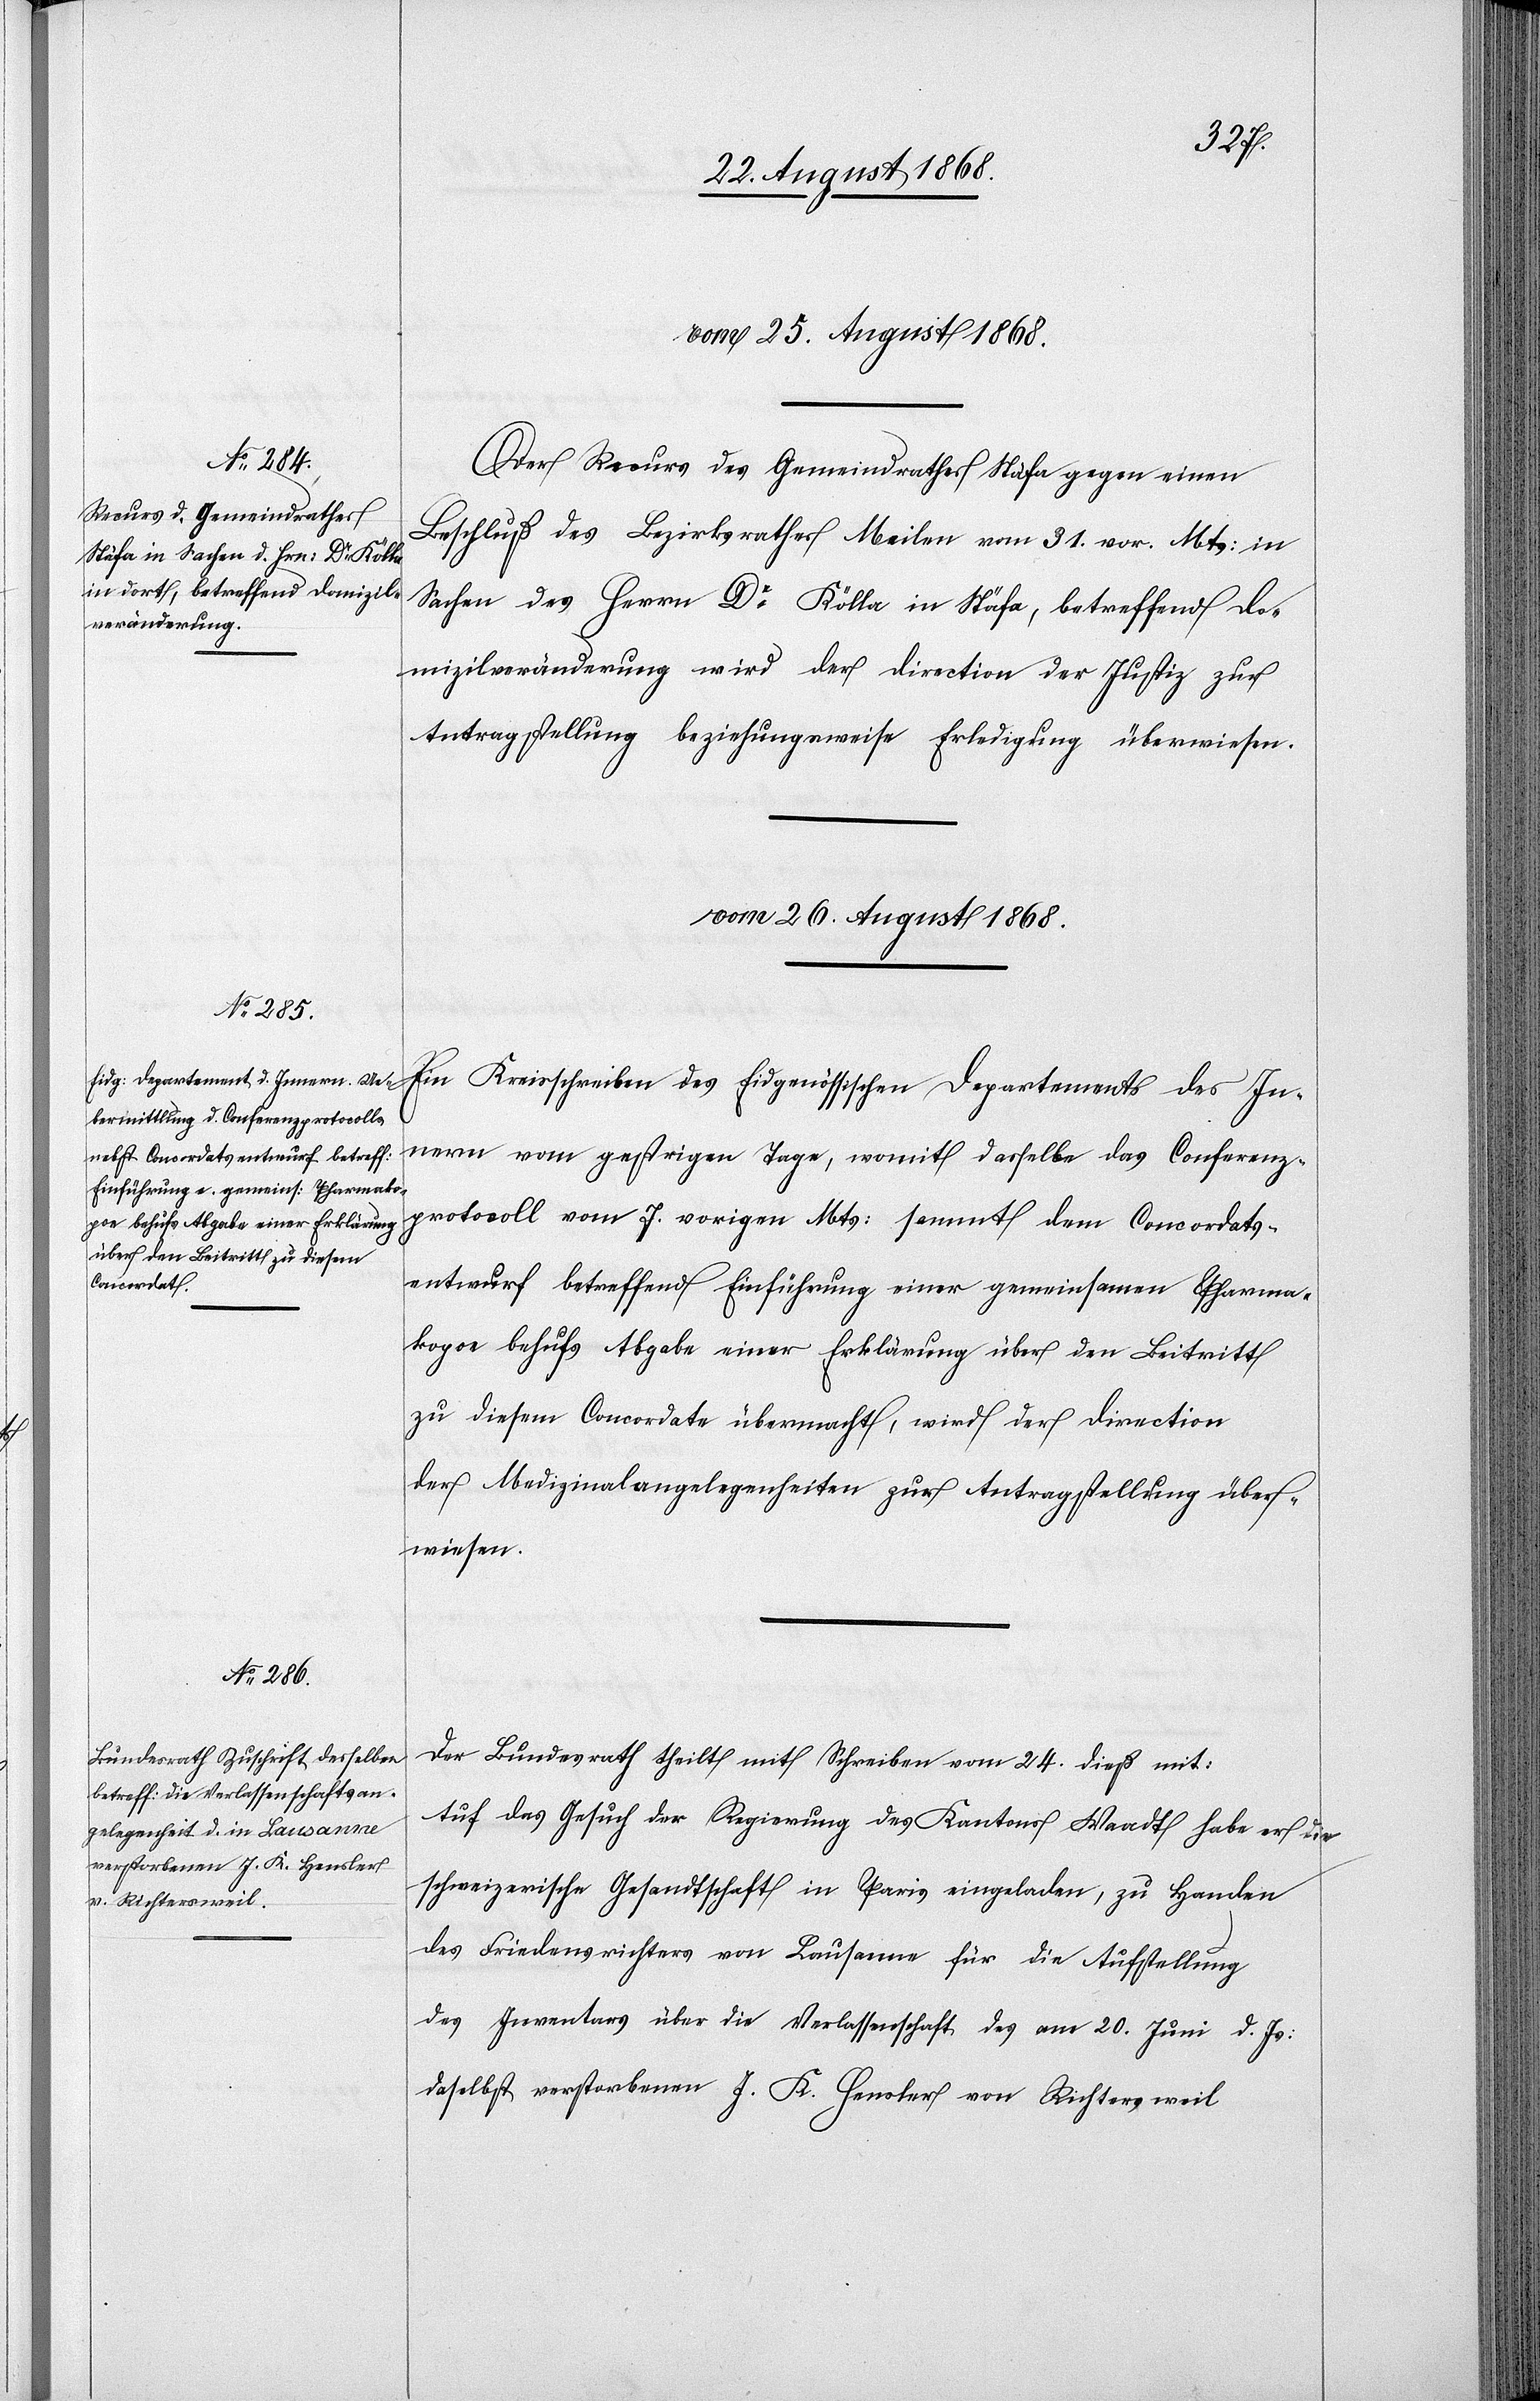
vom 25. August 1868.
Der Recurs des Gemeindrathes Stäfa gegen einen
Beschluß des Bezirksrathes Meilen vom 31. vor. Mts: in
Sachen des Herrn Dr Kölla in Stäfa, betreffend Do¬
mizilveränderung wird der Direction der Justiz zur
Antragstellung beziehungsweise Erledigung überwiesen.
vom 26. August 1868.]
Ein Kreisschreiben des Eidgenössischen Departements des In¬
nern vom gestrigen Tage, womit dasselbe das Conferenz¬
protocoll vom 7. vorigen Mts: sammt dem Concordats¬
entwurf betreffend Einführung einer gemeinsamen Pharma¬
kopoe behufs Abgabe einer Erklärung über den Beitritt
zu diesem Concordate übermacht, wird der Direction
der Medizinalangelegenheiten zur Antragstellung über¬
wiesen.
Der Bundesrath theilt mit Schreiben vom 24. dieß mit:
Auf das Gesuch der Regierung des Kantons Waadt habe er die
schweizerische Gesandtschaft in Paris eingeladen, zu Handen
des Friedensrichters von Lausanne für die Aufstellung
des Inventars über die Verlassenschaft des am 20. Juni d. Js:
daselbst verstorbenen J. K. Hensler von Richtersweil